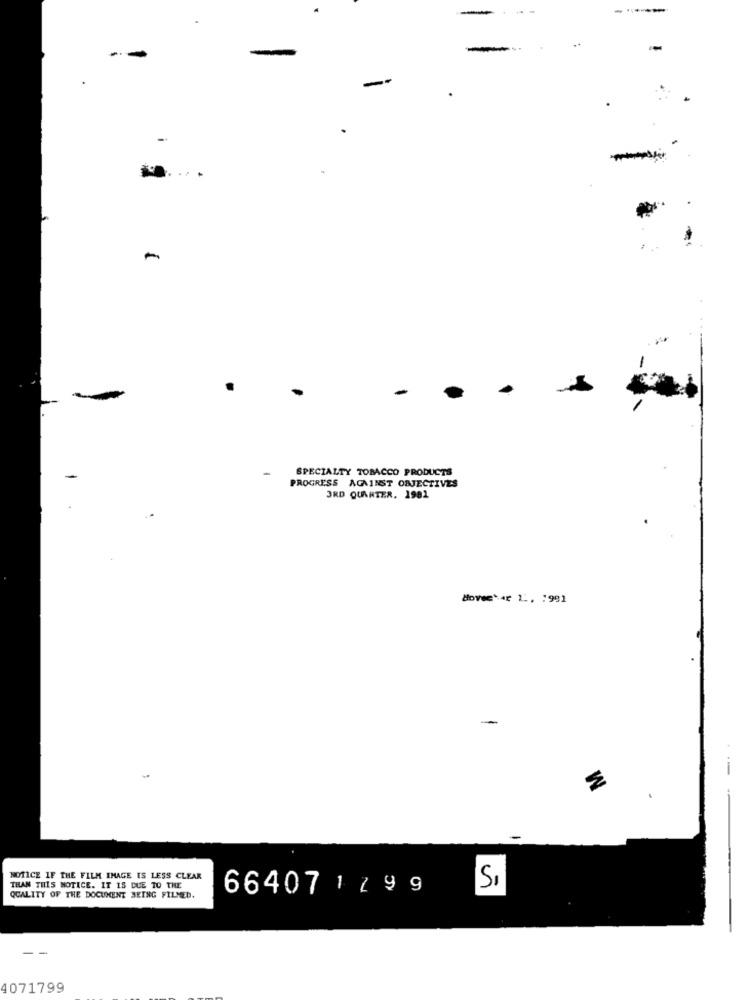
-
-
SPECIALTY TOBACCO PRODUCTS
PROGRESS AGAINST OBJECTIVES
3RD QUARTER. 1981
Move*4 1 ., 1991
E
-
NOTICE IF THE FILM IMAGE IS LESS CLEAR
THAN THIS NOTICE. IT 15 DUE TO THE
664071299
Si
QUALITY OF THE DOCUMENT BEING FILMED.
--
4071799